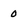
Character: 0